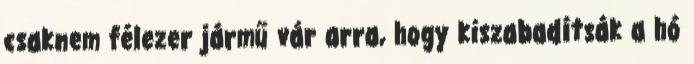
csaknem félezer jármű vár arra, hogy kiszabadítsák a hó